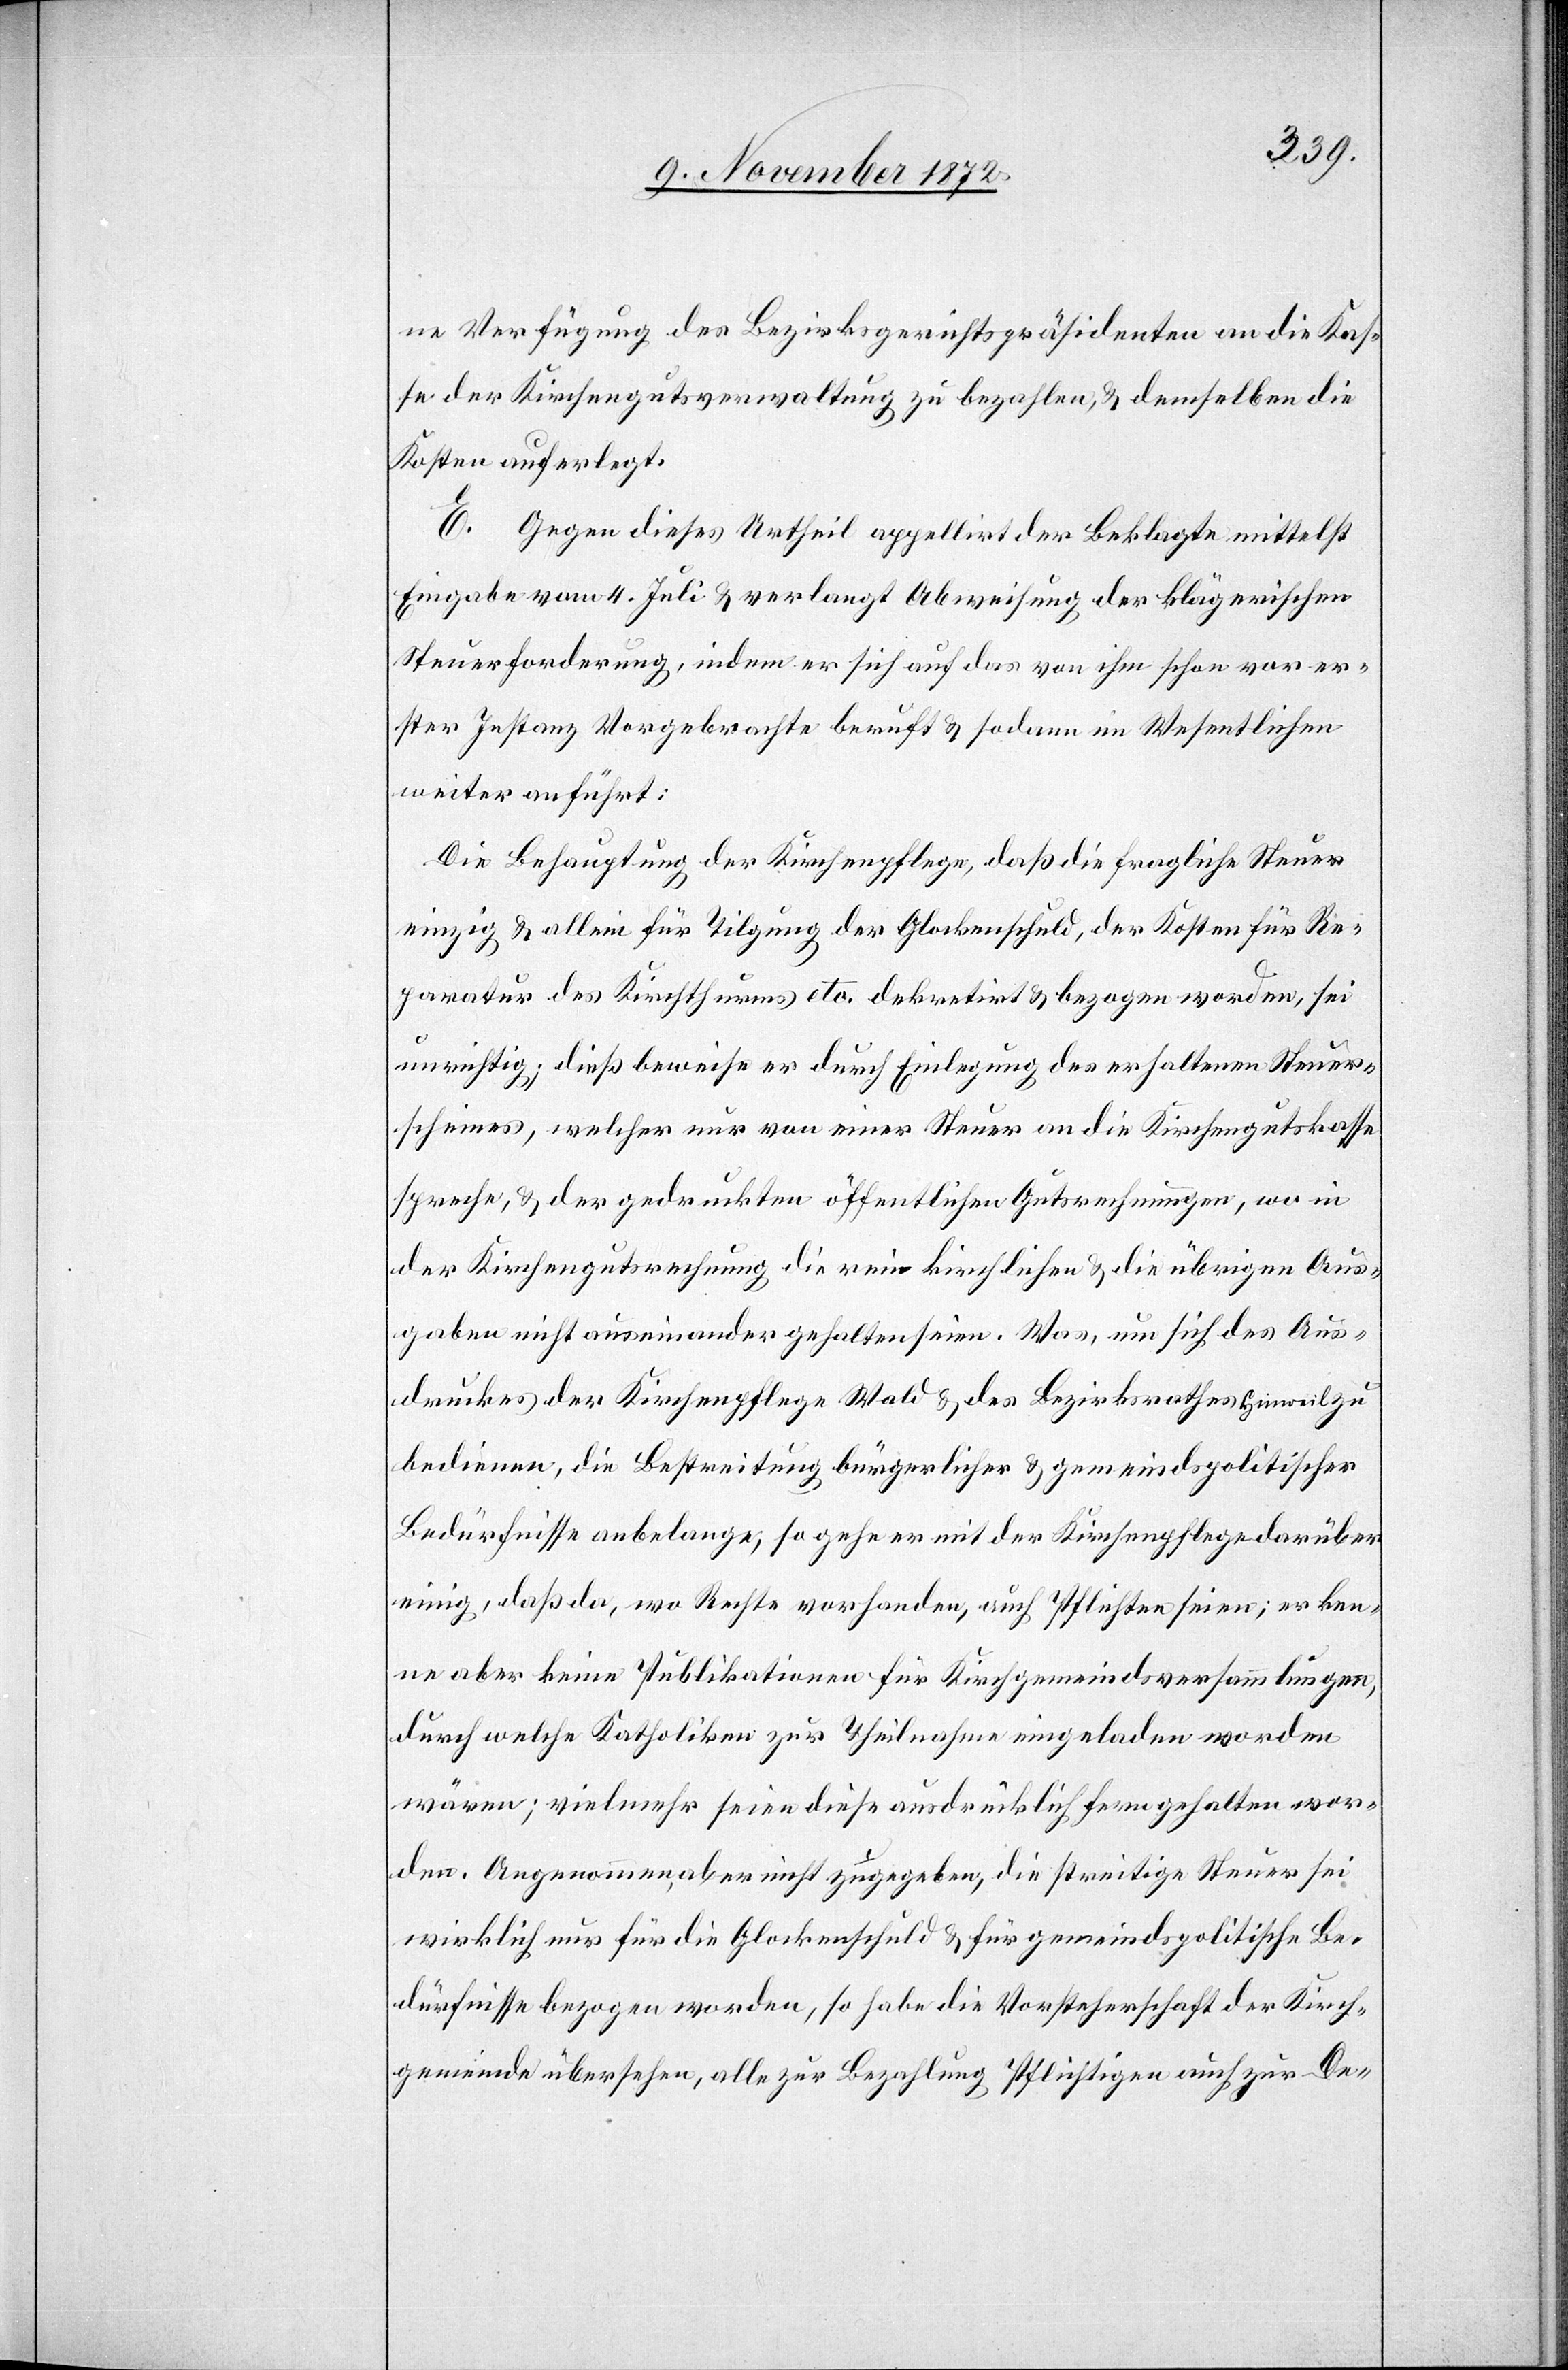
ne Verfügung des Bezirksgerichtspräsidenten an die Kas¬
se der Kirchengutsverwaltung zu bezahlen u. demselben die
Kosten auferlegt.
E. Gegen dieses Urtheil appellirt der Beklagte mittelst
Eingabe vom 4. Juli u. verlangt Abweisung der klägerischen
Steuerforderung, indem er sich auf das von ihm schon vor er¬
ster Instanz Vorgebrachte beruft u. sodann im Wesentlichen
weiter anführt:
Die Behauptung der Kirchenpflege, daß die fragliche Steuer
einzig u. allein für Tilgung der Glockenschuld, der Kosten für Re¬
paratur des Kirchthurms etc. dekretirt u. bezogen worden, sei
unrichtig; dieß beweise er durch Einlegung des erhaltenen Steuer¬
scheines, welcher nur von einer Steuer an die Kirchengutskasse
spreche, u. der gedruckten öffentlichen Gutsrechnungen, wo in
der Kirchengutsrechnung die rein kirchlichen u. die übrigen Aus¬
gaben nicht auseinander gehalten seien. Was, um sich des Aus¬
druckes der Kirchenpflege Wald u. des Bezirksrathes Hinweil zu
bedienen, die Bestreitung bürgerlicher u. gemeindspolitischer
Bedürfnisse anbelange, so gehe er mit der Kirchenpflege darüber
einig, daß da, wo Rechte vorhanden, auch Pflichten seien; erken¬
ne aber keine Publikationen für Kirchgemeindsversammlungen,
durch welche Katholiken zur Theilnahme eingeladen worden
wären; vielmehr seien diese ausdrücklich fern gehalten wor¬
den. Angenommen, aber nicht zugegeben, die streitige Steuer sei
wirklich nur für die Glockenschuld u. für gemeindspolitische Be¬
dürfnisse bezogen worden, so habe die Vorsteherschaft der Kirch¬
gemeinde übersehen, alle zur Bezahlung Pflichtigen auch zur De-